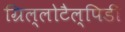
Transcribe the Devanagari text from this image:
ग्रिल्लोटैल्पिडी